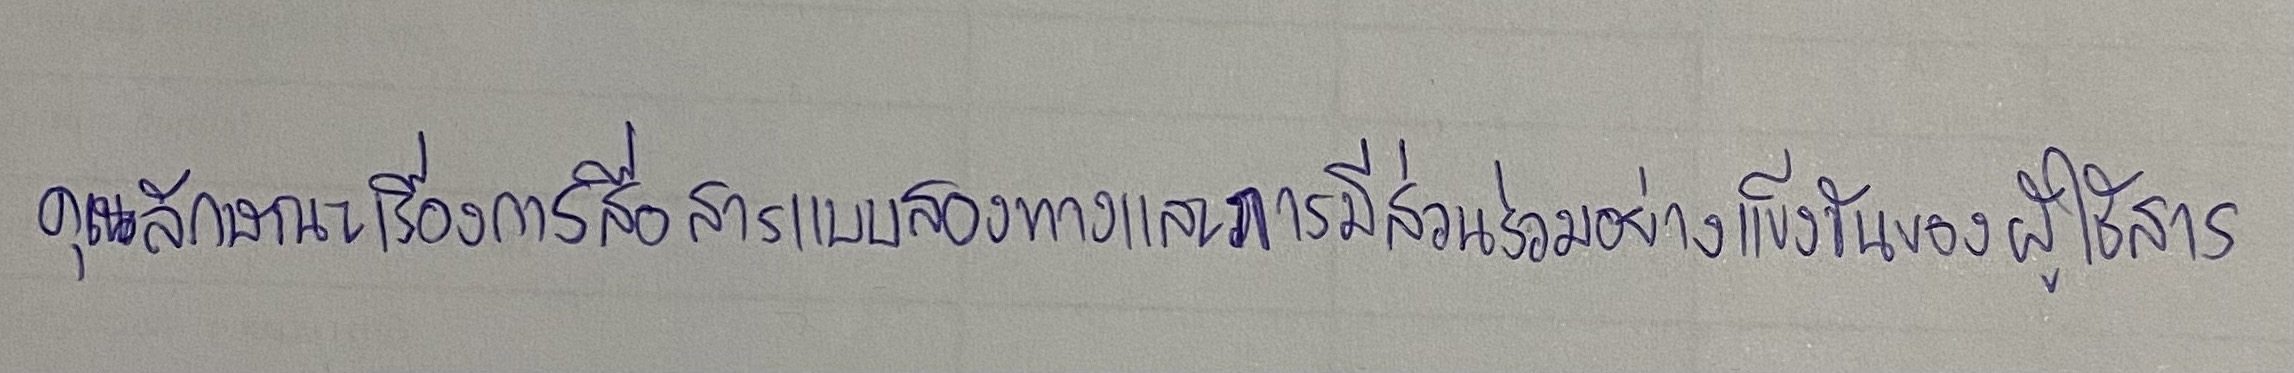
คุณลักษณะเรื่องการสื่อสารแบบสองทางและการมีส่วนร่วมอย่างแข็งขันของผู้ใช้สาร